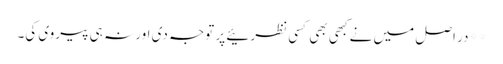
**در اصل میں نے کبھی بھی کسی نظرئیے پر توجہ دی اور نہ ہی پیروی کی۔